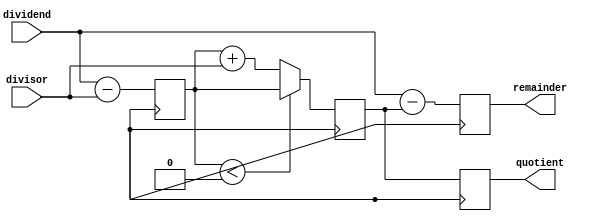
module PipelinedDivider (
    input wire signed [31:0] dividend,
    input wire signed [31:0] divisor,
    output wire signed [31:0] quotient,
    output wire signed [31:0] remainder
);

// Pipeline stages
reg signed [31:0] stage1_result, stage2_result, stage3_result;

// Stage 1: Subtract divisor from dividend
always @ (posedge clk) begin
    stage1_result <= dividend - divisor;
end

// Stage 2: Compare stage1_result with divisor
always @ (posedge clk) begin
    if (stage1_result < 0) begin
        stage2_result <= stage1_result;
    end else begin
        stage2_result <= stage1_result + divisor;
    end
end

// Stage 3: Calculate quotient and remainder
always @ (posedge clk) begin
    quotient <= stage2_result;
    remainder <= dividend - stage2_result;
end

endmodule